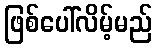
ဖြစ်ပေါ်လိမ့်မည်